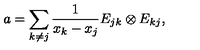
a = \sum _ { k \neq j } \frac { 1 } { x _ { k } - x _ { j } } E _ { j k } \otimes E _ { k j } ,